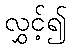
လွှင့်၍